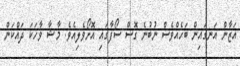
އަޒާން އަނގައިން ބަހެއްވެސް ނުބުނެ ގޮސް ސޯފާގައި އޮށޯވެލިއެވެ. މާޝާ ވާހަކަ ދައްކަން